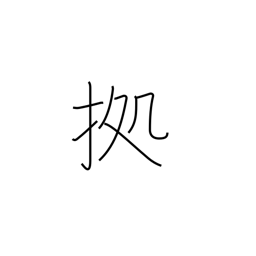
Meaning: follow